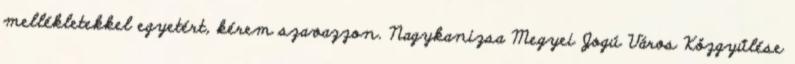
mellékletekkel egyetért, kérem szavazzon. Nagykanizsa Megyei Jogú Város Közgyűlése